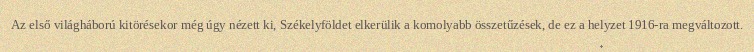
Az első világháború kitörésekor még úgy nézett ki, Székelyföldet elkerülik a komolyabb összetűzések, de ez a helyzet 1916-ra megváltozott.